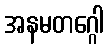
အနမတဂ္ဂေါ